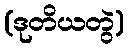
(ဒုတိယတွဲ)